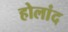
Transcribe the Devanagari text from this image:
होलांद